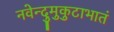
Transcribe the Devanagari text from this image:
नवेन्दुमुकुटाभातं